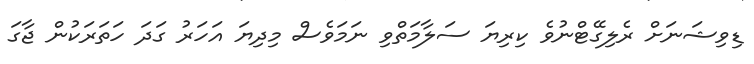
ޑިވިޝަނަށް ރެލިގޭޓްނުވެ ކިރިޔަ ސަލާމަތްވި ނަމަވެސް މިދިޔަ އަހަރު ގަދަ ހަތަރަކުން ޖާގަ